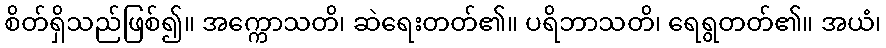
စိတ်ရှိသည်ဖြစ်၍။ အက္ကောသတိ၊ ဆဲရေးတတ်၏။ ပရိဘာသတိ၊ ရေရွတတ်၏။ အယံ၊